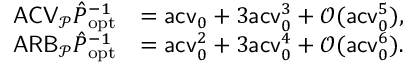
\begin{array} { r l } { \mathsf { A C V } _ { \mathcal P } \hat { P } _ { \mathrm { o p t } } ^ { - 1 } } & { = \mathsf { a c v } _ { 0 } + 3 \mathsf { a c v } _ { 0 } ^ { 3 } + \mathcal O ( \mathsf { a c v } _ { 0 } ^ { 5 } ) , } \\ { \mathsf { A R B } _ { \mathcal P } \hat { P } _ { \mathrm { o p t } } ^ { - 1 } } & { = \mathsf { a c v } _ { 0 } ^ { 2 } + 3 \mathsf { a c v } _ { 0 } ^ { 4 } + \mathcal O ( \mathsf { a c v } _ { 0 } ^ { 6 } ) . } \end{array}